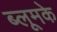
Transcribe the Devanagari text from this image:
ब्लूमके